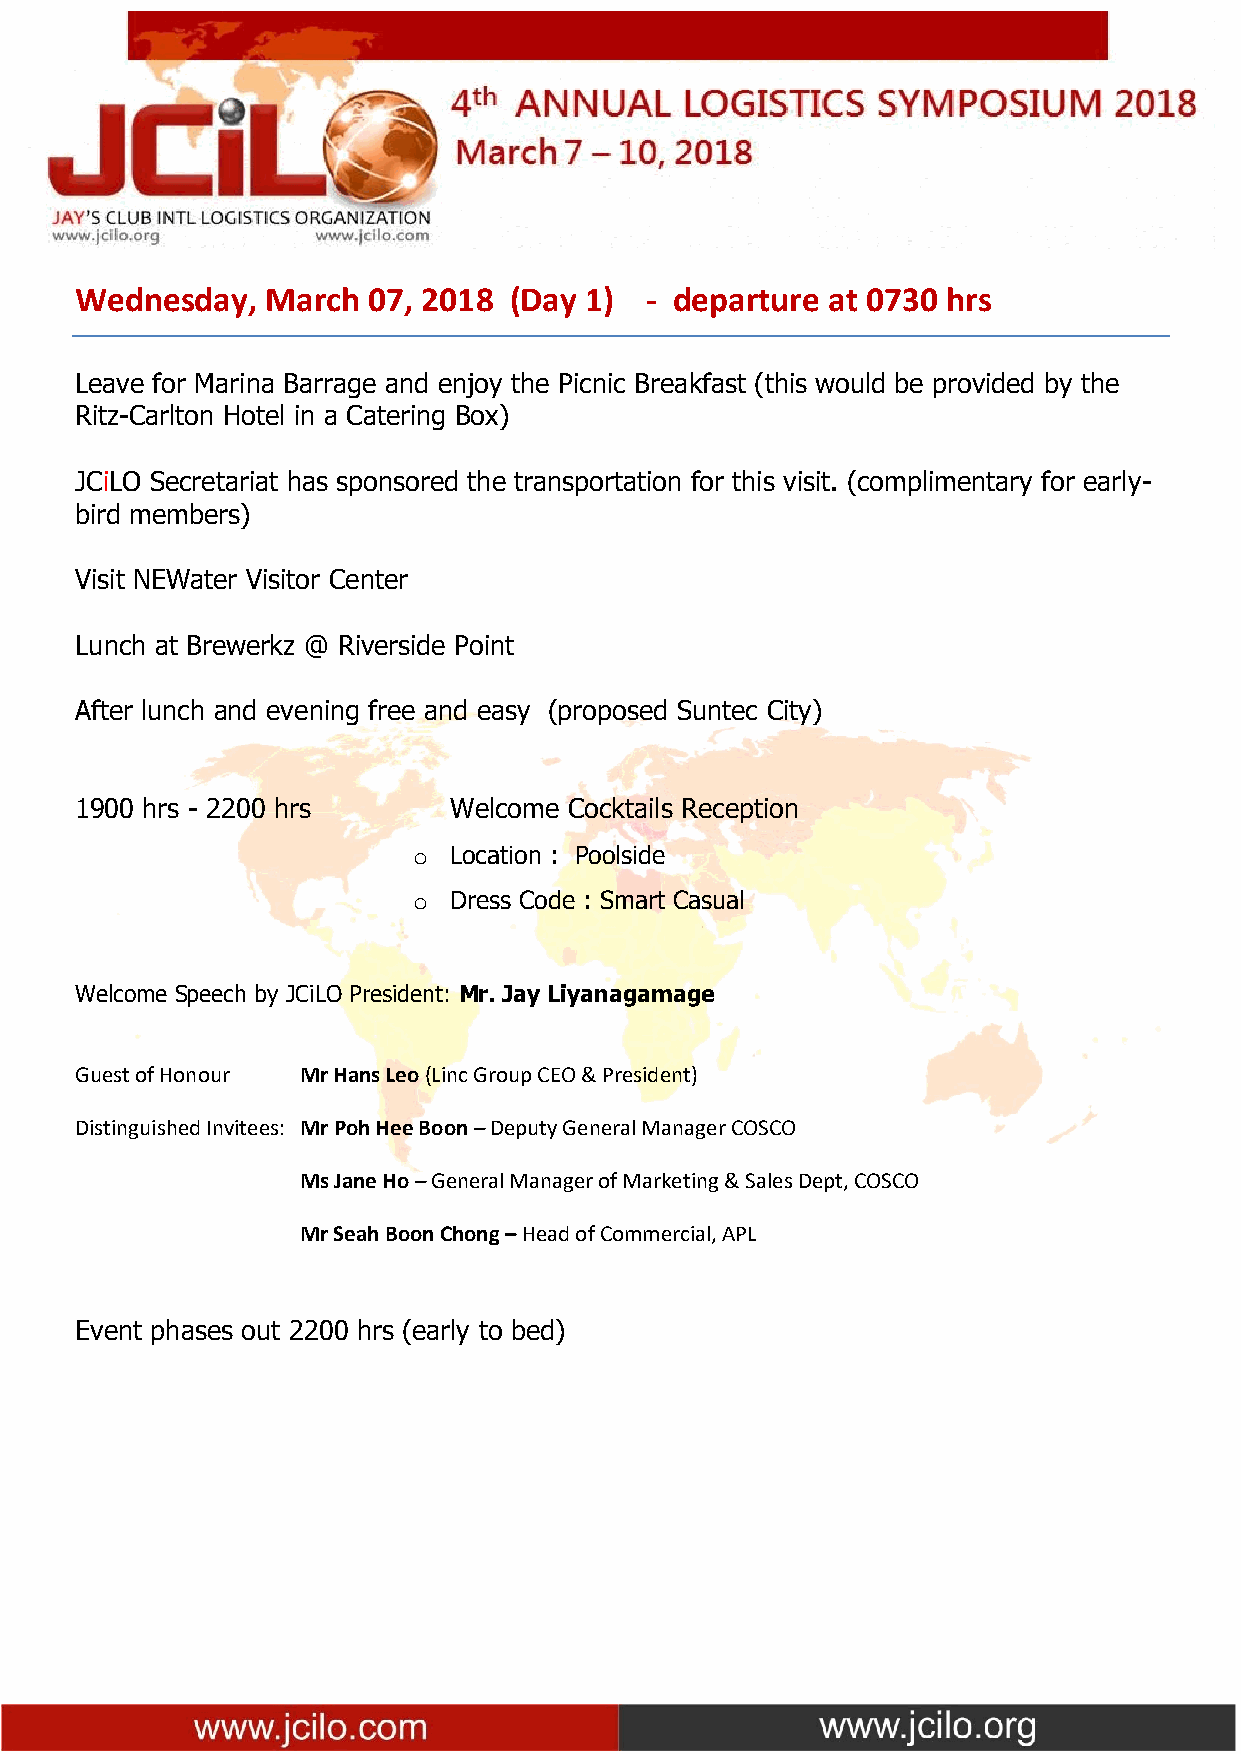
Wednesday,   March 07, 2018  (Day 1)  - departure at 0730 hrs
 Leave for Marina Barrage and enjoy the Picnic Breakfast (this would be provided by the
 Ritz-Carlton Hotel in a Catering Box)
 JCiLO Secretariat has sponsored the transportation for this visit. (complimentary for early-
 bird members)
 Visit NEWater Visitor Center
 Lunch at Brewerkz @ Riverside Point
 After lunch and evening free and easy (proposed Suntec City)
 1900 hrs - 2200 hrs      Welcome Cocktails Reception
 o  Location : Poolside
 o  Dress Code : Smart Casual
 Welcome Speech by JCiLO President: Mr. Jay Liyanagamage
 Guest of Honour Mr Hans Leo (Linc Group CEO & President)
 Distinguished Invitees: Mr Poh Hee Boon – Deputy General Manager COSCO
 Ms Jane Ho – General Manager of Marketing & Sales Dept, COSCO
 Mr Seah Boon Chong – Head of Commercial, APL
 Event phases out 2200 hrs (early to bed)